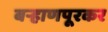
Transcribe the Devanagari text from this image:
बऱ्हाणपूरकर